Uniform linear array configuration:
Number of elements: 48
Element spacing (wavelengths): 0.25
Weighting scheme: hamming
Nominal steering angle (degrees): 0
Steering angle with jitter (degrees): -0.9446
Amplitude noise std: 0.05
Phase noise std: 0.05

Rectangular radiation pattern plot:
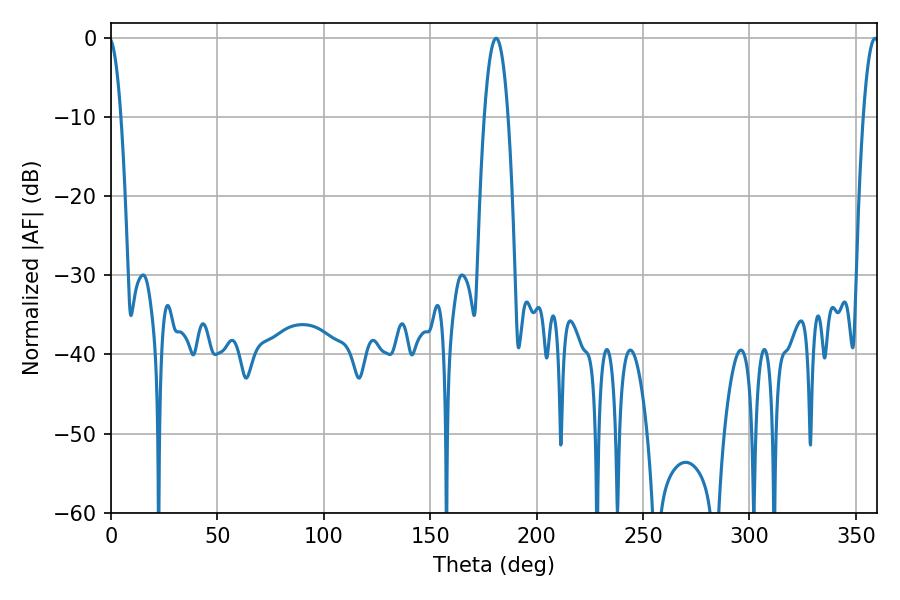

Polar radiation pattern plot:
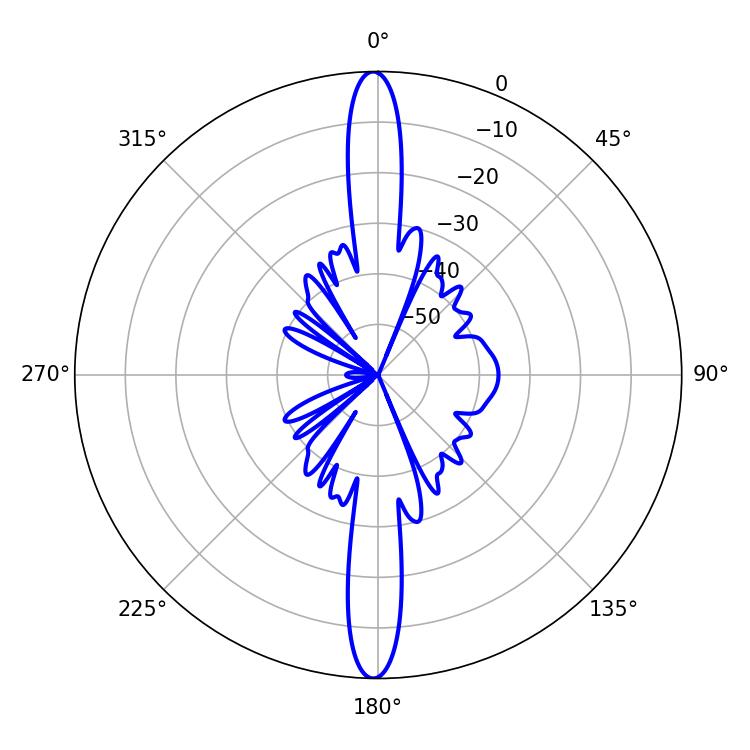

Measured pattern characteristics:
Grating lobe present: FALSE
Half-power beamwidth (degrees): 6.12
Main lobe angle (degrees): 180.9